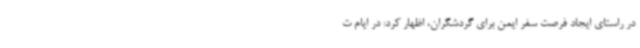
در راستای ایجاد فرصت سفر ایمن برای گردشگران، اظهار کرد: در ایام ت